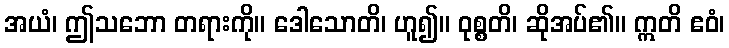
အယံ၊ ဤသဘော တရားကို။ ဒေါသောတိ၊ ဟူ၍။ ဝုစ္စတိ၊ ဆိုအပ်၏။ ဣတိ ဧဝံ၊